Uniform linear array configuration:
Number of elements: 32
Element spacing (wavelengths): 1
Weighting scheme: exponential
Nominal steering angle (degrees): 30
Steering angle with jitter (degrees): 30.726
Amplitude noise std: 0.05
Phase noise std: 0.05

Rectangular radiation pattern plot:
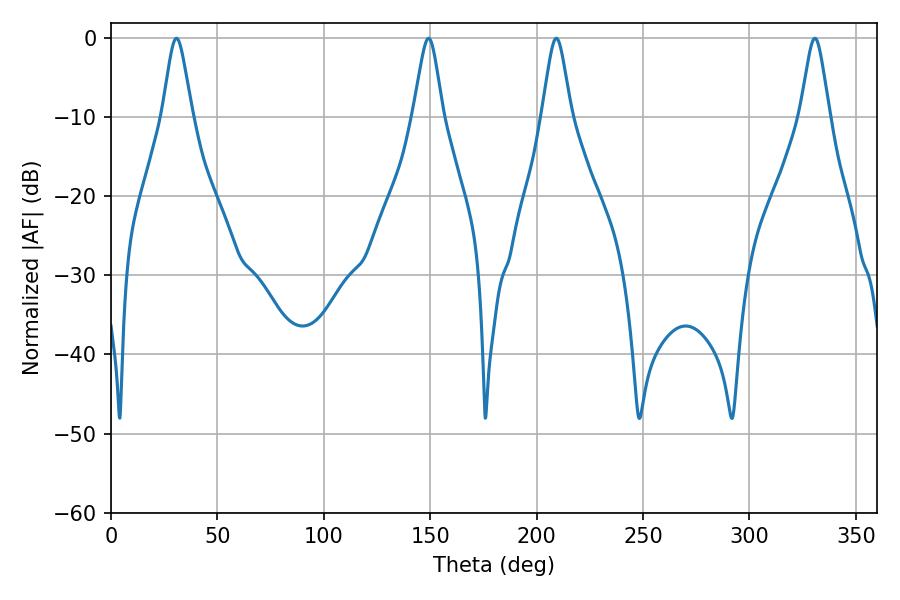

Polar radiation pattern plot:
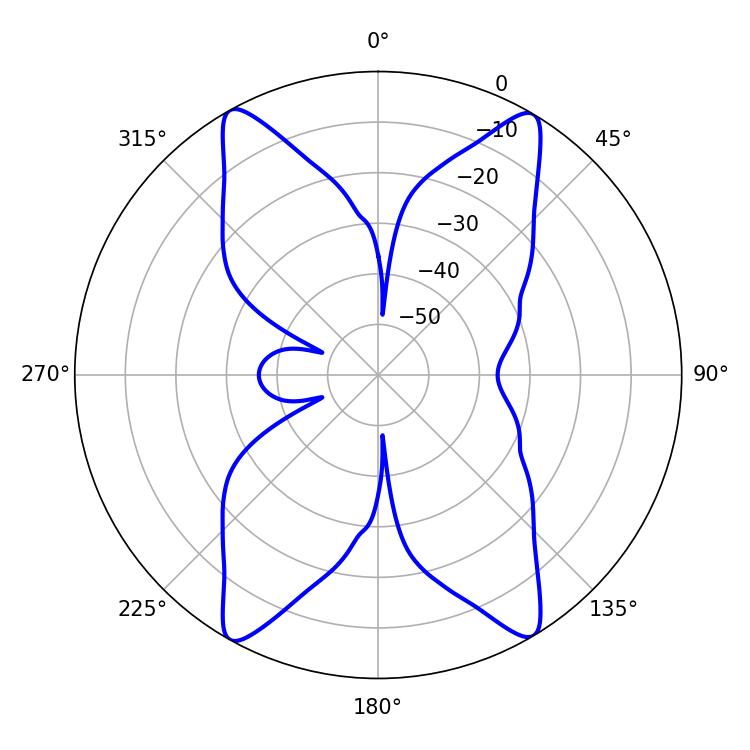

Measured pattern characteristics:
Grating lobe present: TRUE
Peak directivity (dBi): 23.944
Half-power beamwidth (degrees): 6.66
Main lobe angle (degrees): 30.78